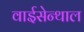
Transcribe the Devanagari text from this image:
वाईसेन्थाल